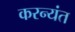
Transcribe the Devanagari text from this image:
करन्यंत